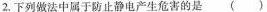
2.下列做法中属于防止静电产生危害的是（）